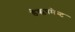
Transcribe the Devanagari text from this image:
डेव्प्लपमेन्ट